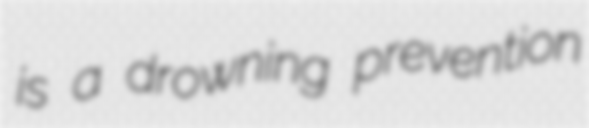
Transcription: is a drowning prevention